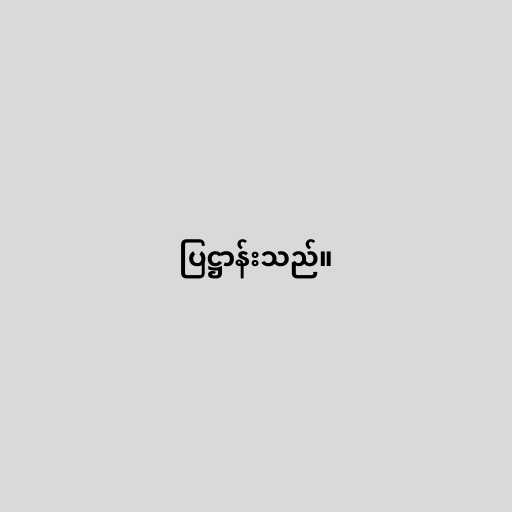
ပြဋ္ဌာန်းသည်။